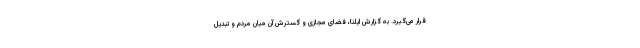
قرار می‌گیرد. به گزارش ایلنا، فضای مجازی و گسترش آن میان مردم و تبدیل